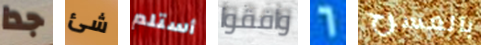
جدا شئ أستلم وافقوا 6 بالمسرح